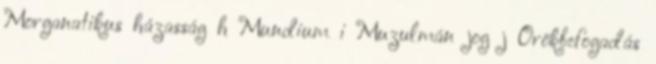
Morganatikus házasság h Mundium i Muzulmán jog j Örökbefogadás